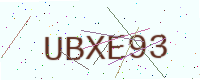
Text: UBXE93